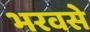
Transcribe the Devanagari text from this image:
भरवसे